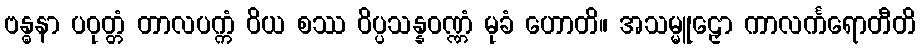
ဗန္ဓနာ ပဝုတ္တံ တာလပက္ကံ ဝိယ စဿ ဝိပ္ပသန္နဝဏ္ဏံ မုခံ ဟောတိ။ အသမ္မူဠှော ကာလင်္ကရောတီတိ